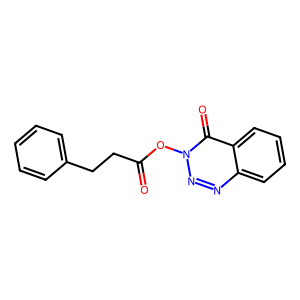
SMILES: O=C(CCc1ccccc1)On1nnc2ccccc2c1=O
Inhibits HIV replication: No